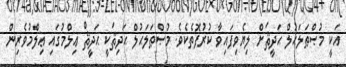
އަކީ މުޞްޠަލަޙުލް ޙަދީޘަށް ލިޔެވިފައިވާ ކުރުފޮތެކެވެ. މުޞްޠަލަޙުލް ޙަދިޘަކީ ޙަދީޘް ޢިލްމުގައި ޢިލްމުވެރިން